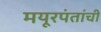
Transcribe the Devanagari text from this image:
मयूरपंतांची